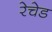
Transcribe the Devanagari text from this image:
रेचेड